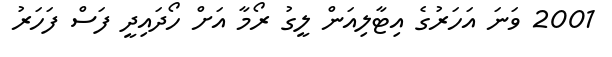
2001 ވަނަ އަހަރުގެ އިޓާލިއަން ލީގު ރޯމާ އަށް ހޯދައިދީ ފަސް ފަހަރު